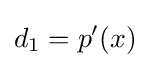
d_{1}=p'(x)